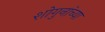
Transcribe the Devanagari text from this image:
शोगुनांच्या